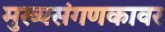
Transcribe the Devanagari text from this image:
मुख्यसंगणकावर